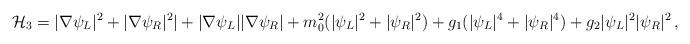
LaTeX: \begin{align*}{\cal H}_3 = |\nabla \psi_L|^2 + |\nabla \psi_R|^2 |+ |\nabla\psi_L||\nabla \psi_R|+ m_0^2 ( |\psi_L|^2 + |\psi_R|^2) + g_1 (|\psi_L|^4 + |\psi_R|^4) + g_2 |\psi_L|^2|\psi_R|^2 \,,\end{align*}